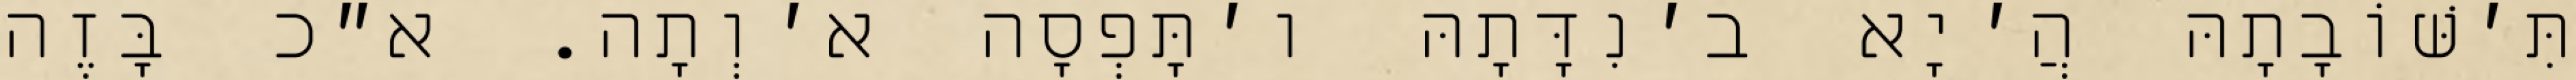
תִּ׳שּׁוֹבָתָהּ הֲ׳יָא ב׳נִדָּתָהּ ו׳תָּפְסָה א׳וְתָה. א״כ בָּזֶה